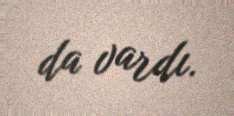
da vardı.